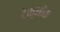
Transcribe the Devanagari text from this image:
टेक्नीक